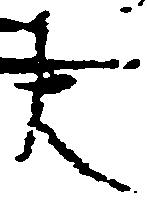
大